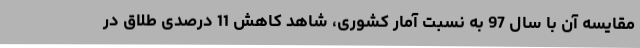
مقایسه آن با سال 97 به نسبت آمار کشوری، شاهد کاهش 11 درصدی طلاق در